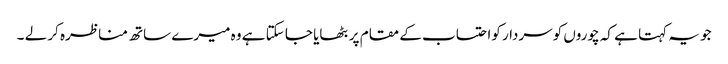
جو یہ کہتا ہے کہ چوروں کوسردار کواحتساب کے مقام پر بٹھایا جا سکتا ہے وہ میرے ساتھ مناظرہ کر لے ۔